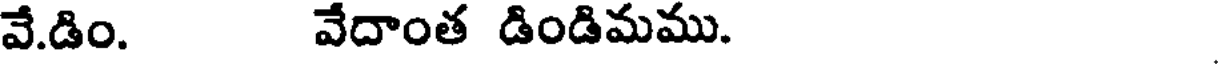
వే.డిం. వేదాంత డిండిమము.